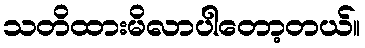
သတိထားမိလာပါတော့တယ်။